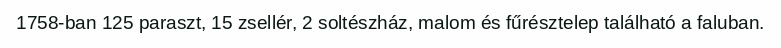
1758-ban 125 paraszt, 15 zsellér, 2 soltészház, malom és fűrésztelep található a faluban.